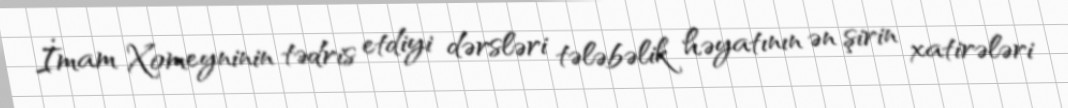
İmam Xomeyninin tədris etdiyi dərsləri tələbəlik həyatının ən şirin xatirələri